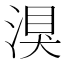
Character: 湨